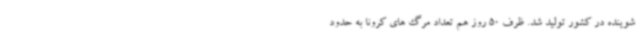
شوینده در کشور تولید شد. ظرف 50 روز هم تعداد مرگ‌ های کرونا به حدود